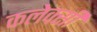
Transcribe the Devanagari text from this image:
कलेक्सी